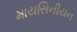
માયસિનીયન